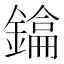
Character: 𫓂